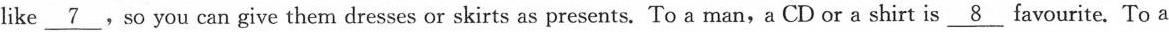
like \underline{7},so you can give them dresses or skirts as presents.To a man,a CD or a shirt is \underline{8}favourite.To a